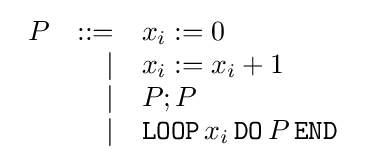
{\begin{array}{lrl}P&::=&x_{i}:=0\\&|&x_{i}:=x_{i}+1\\&|&P;P\\&|&{\mathtt {LOOP}}\,x_{i}\,{\mathtt {DO}}\,P\,{\mathtt {END}}\end{array}}